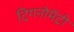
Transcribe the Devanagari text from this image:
ट्रिगनोमॅट्री